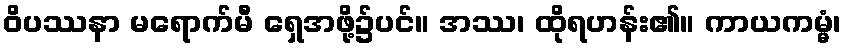
ဝိပဿနာ မရောက်မီ ရှေအဖို့၌ပင်။ အဿ၊ ထိုရဟန်း၏။ ကာယကမ္မံ၊